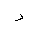
Letter: _dal